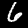
Digit: 6